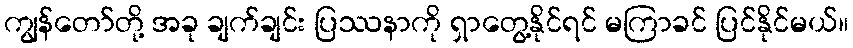
ကျွန်တော်တို့ အခု ချက်ချင်း ပြဿနာကို ရှာတွေ့နိုင်ရင် မကြာခင် ပြင်နိုင်မယ်။